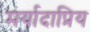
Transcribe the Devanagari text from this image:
मर्यादाप्रिय